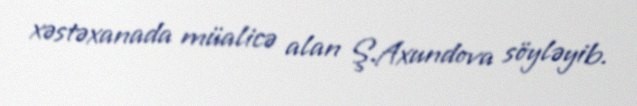
xəstəxanada müalicə alan Ş.Axundova söyləyib.